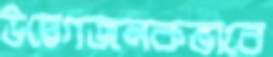
উদ্বেগজনকভাবে